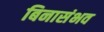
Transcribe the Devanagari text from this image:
बिनासंभव